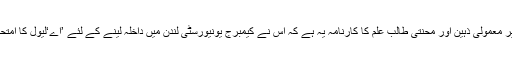
اس غیر معمولی ذہین اور محنتی طالب علم کا کارنامہ یہ ہے کہ اس نے کیمبرج یونیورسٹی لندن میں داخلہ لینے کے لئے ’اے‘لیول کا امتحان دیا۔